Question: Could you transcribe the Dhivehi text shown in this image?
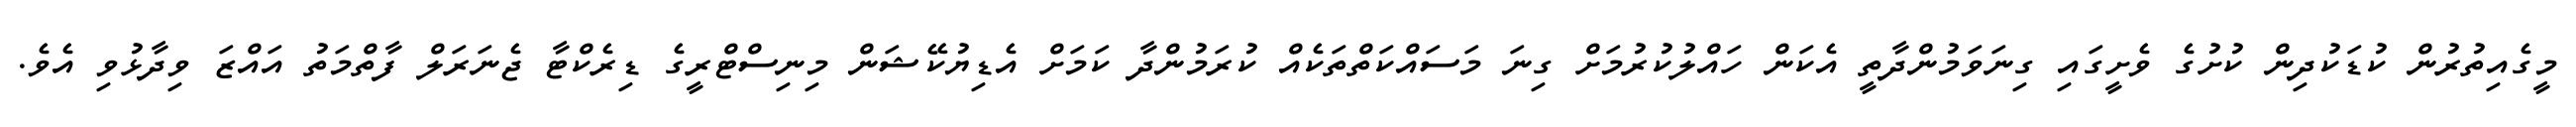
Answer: މީގެއިތުރުން ކުޑަކުދިން ކުށުގެ ވެށީގައި ގިނަވަމުންދާތީ އެކަން ހައްލުކުރުމަށް ގިނަ މަސައްކަތްތަކެއް ކުރަމުންދާ ކަމަށް އެޑިޔުކޭޝަން މިނިސްޓްރީގެ ޑިރެކްޓާ ޖެނަރަލް ފާތްމަތު އައްޒަ ވިދާޅުވި އެވެ.